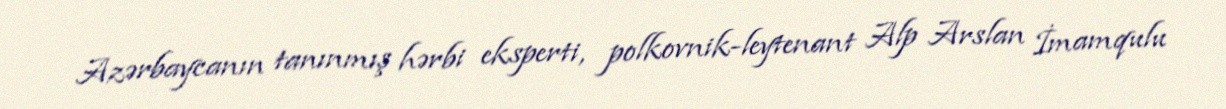
Azərbaycanın tanınmış hərbi eksperti, polkovnik-leytenant Alp Arslan İmamqulu